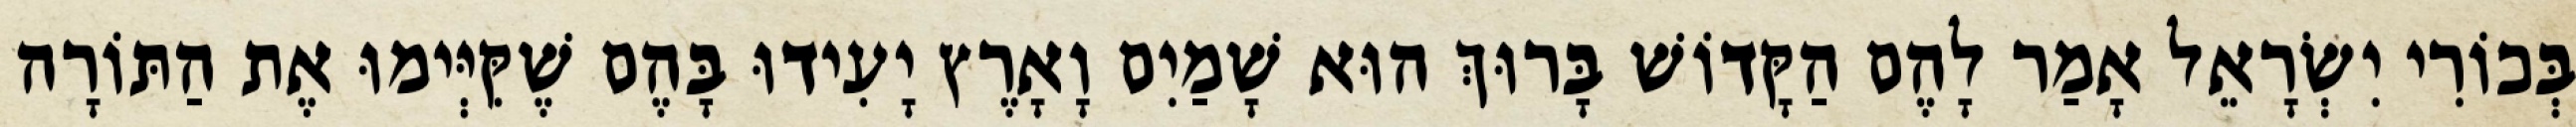
בְּכוֹרִי יִשְׂרָאֵל אָמַר לָהֶם הַקָּדוֹשׁ בָּרוּךְ הוּא שָׁמַיִם וָאָרֶץ יָעִידוּ בָּהֶם שֶׁקִּיְּימוּ אֶת הַתּוֹרָה